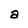
Character: a